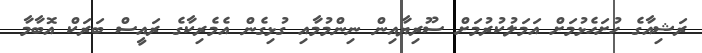
ރަޝިއާގެ ހުށަހެޅުމަށް އަމަލުކުރުމަށް ސޫރިޔާއިން ނިންމުމާއި ގުޅިގެން އެމެރިކާގެ ރައީސް ބަރަކް އޮބާމާ